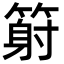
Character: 𥱈